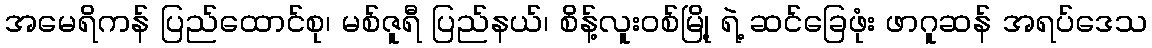
အမေရိကန် ပြည်ထောင်စု၊ မစ်ဇူရီ ပြည်နယ်၊ စိန့်လူးဝစ်မြို့ ရဲ့ ဆင်ခြေဖုံး ဖာဂူဆန် အရပ်ဒေသ